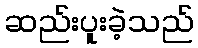
ဆည်းပူးခဲ့သည်